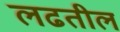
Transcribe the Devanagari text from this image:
लढतील